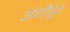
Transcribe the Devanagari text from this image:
अंशीभूत